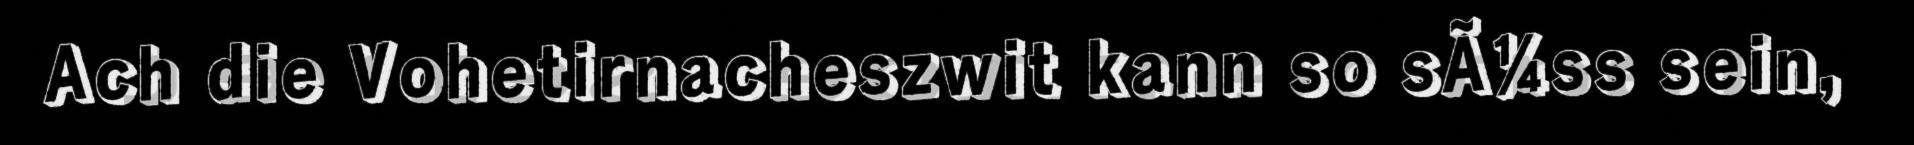
Ach die Vohetirnacheszwit kann so sÃ¼ss sein,